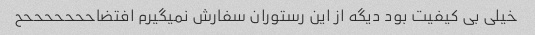
خیلی بی کیفیت بود دیگه از این رستوران سفارش نمیگیرم افتضاحححححححح